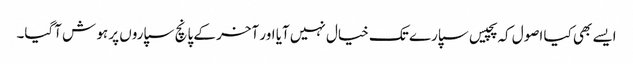
ایسے بھی کیا اصول کہ پچیس سپارے تک خیال نہیں آیا اور آخر کے پانچ سپاروں پر ہو ش آگیا۔